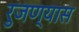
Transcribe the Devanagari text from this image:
रुजण्यास